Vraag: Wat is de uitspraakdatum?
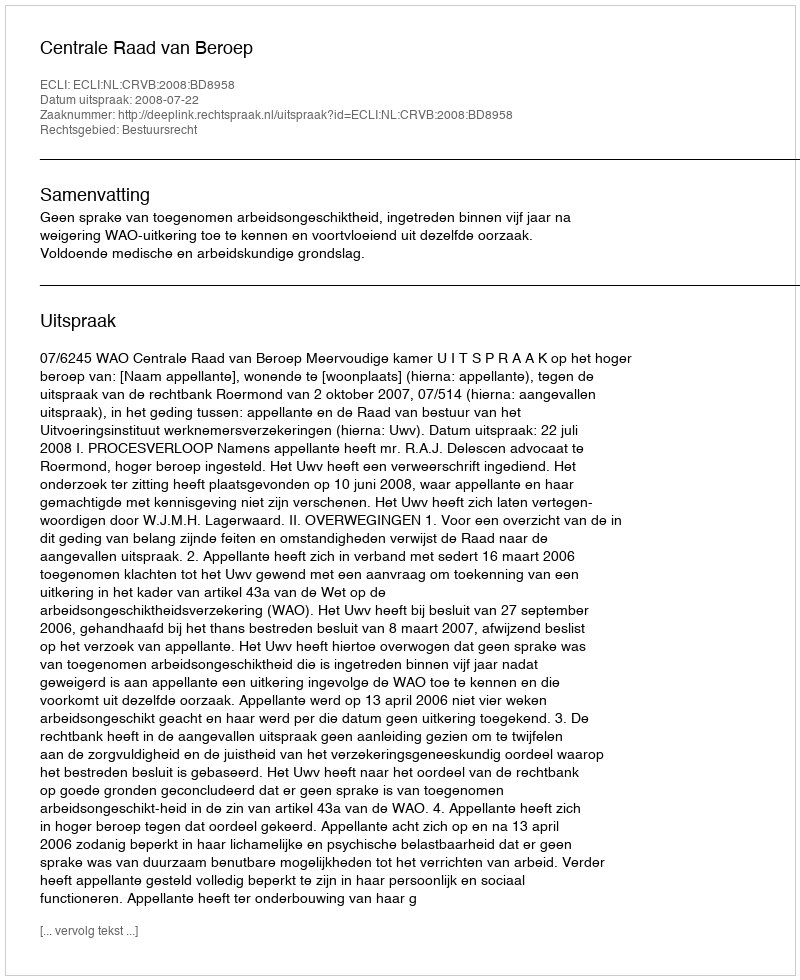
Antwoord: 2008-07-22